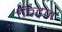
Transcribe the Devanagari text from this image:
फ़िट्ज़